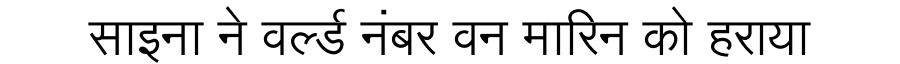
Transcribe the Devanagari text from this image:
साइना ने वर्ल्ड नंबर वन मारिन को हराया